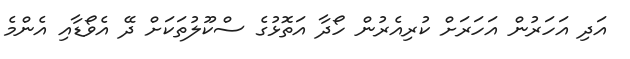
އަދި އަހަރުން އަހަރަށް ކުރިއެރުން ހޯދާ އަތޮޅުގެ ސްކޫލުތަކަށް ދޭ އެވޯޑާއި އެންމެ